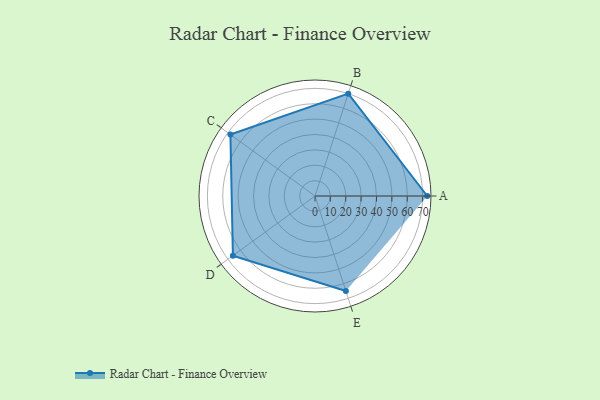
{"axis": {"x": "Skill", "y": "Score"}, "legend": ["Profile"], "data": [{"x": "A", "y": 73.0, "type": "Profile"}, {"x": "B", "y": 70.0, "type": "Profile"}, {"x": "C", "y": 68.0, "type": "Profile"}, {"x": "D", "y": 66.0, "type": "Profile"}, {"x": "E", "y": 65.0, "type": "Profile"}]}